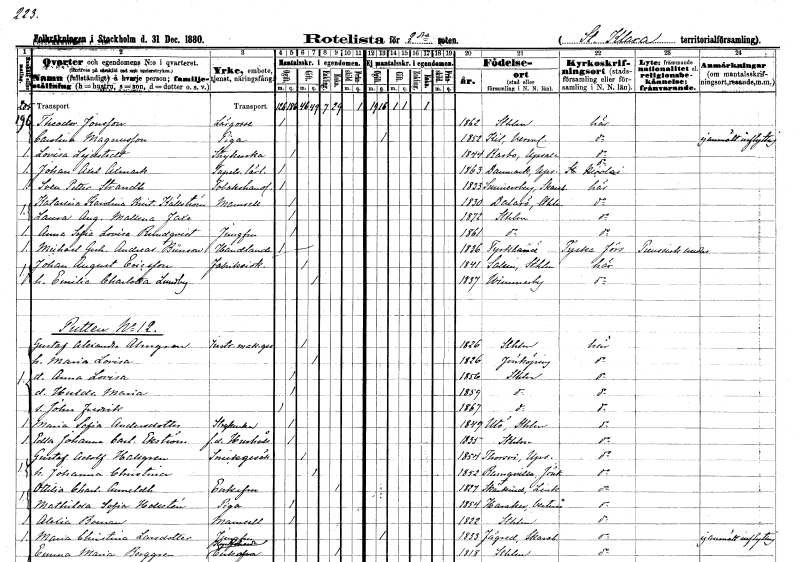
gt_parse: households: individuals: FN: Theodor
EN: Jonsson
YRKE: Lärgosse
KON: M
CIV: O
FODAR: 1862
FODFORS: Stockholm
FN: Carolina
EN: Magnusson
YRKE: Piga
KON: K
CIV: O
FODAR: 1852
FODFORS: Kil Värmlands län
FN: Lovisa
EN: Lejdstedt
YRKE: Strykerska
KON: K
CIV: O
FODAR: 1844
FODFORS: Rasbo Uppsala län
FN: Johan Axel
EN: Axmark
YRKE: Tapetserarelärling
KON: M
CIV: O
FODAR: 1863
FODFORS: Danmark Uppsala län
FN: Sven Petter
EN: Strandh
YRKE: Tobakshandlare
KON: M
CIV: O
FODAR: 1833
FODFORS: Sunnersberg Skaraborgs län
FN: Katarina Karolina Kristina
EN: Källström
KON: K
CIV: O
FODAR: 1830
FODFORS: Dalarö Stockholms län
FN: Laura Augusta Mallena
EN: Faxe
KON: K
CIV: O
FODAR: 1872
FODFORS: Stockholm
FN: Anna Sofia Lovisa
EN: Rundqvist
YRKE: Jungfru
KON: K
CIV: O
FODAR: 1861
FODFORS: Stockholm
FN: Michael Gerhard Andreas
EN: Bünsow
YRKE: Handlande
KON: M
CIV: O
FODAR: 1836
FN: Johan August
EN: Ericsson
YRKE: Fabriksidkare
KON: M
CIV: G
FODAR: 1841
FODFORS: Salem Stockholms län
FN: Emilia Charlotta
EN: Lundby
KON: K
CIV: G
FODAR: 1837
FODFORS: Vimmerby Kalmar län
FN: Gustaf Alexander
EN: Almgren
YRKE: Instrumentmakaregesäll
KON: M
CIV: G
FODAR: 1826
FODFORS: Stockholm
FN: Maria Lovisa
KON: K
CIV: G
FODAR: 1826
FODFORS: Jönköping Jönköpings län
FN: Anna Lovisa
KON: K
CIV: O
FODAR: 1856
FODFORS: Stockholm
FN: Hulda Maria
KON: K
CIV: O
FODAR: 1859
FODFORS: Stockholm
FN: John Fredrik
KON: M
CIV: O
FODAR: 1867
FODFORS: Stockholm
FN: Maria Sofia
EN: Andersdotter
YRKE: Strykerska
KON: K
CIV: O
FODAR: 1849
FODFORS: Utö Stockholms län
FN: Edla Johanna Carolina
EN: Ekström
YRKE: Hushållerska f.d.
KON: K
CIV: O
FODAR: 1835
FODFORS: Stockholm
FN: Gustaf Adolf
EN: Hallgren
YRKE: Snickaregesäll
KON: M
CIV: G
FODAR: 1854
FODFORS: Torsvi Uppsala län
FN: Johanna Christina
KON: K
CIV: G
FODAR: 1852
FODFORS: Ramkvilla Jönköpings län
FN: Ottilia Charlotta
EN: Anneldh
KON: K
CIV: E
FODAR: 1827
FODFORS: Skärkind Östergötlands län
FN: Mathilda Sofia
EN: Hollstén
YRKE: Piga
KON: K
CIV: O
FODAR: 1854
FODFORS: Haraker Västmanlands län